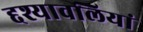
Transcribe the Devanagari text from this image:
द्दश्यावलियां